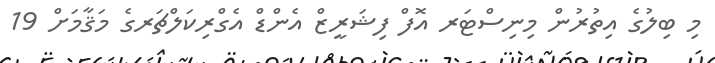
މި ބިލުގެ އިތުރުން މިނިސްޓަރ އޮފް ފިޝަރީޒް އެންޑް އެގްރިކަލްޗަރގެ މަޤާމަށް 19